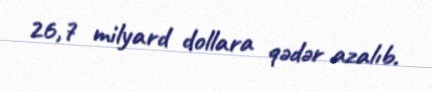
26,7 milyard dollara qədər azalıb.